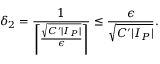
\delta _ { 2 } = \frac { 1 } { \left\lceil \frac { \sqrt { C ^ { \prime } | I _ { P } | } } { \epsilon } \right\rceil } \leq \frac { \epsilon } { \sqrt { C ^ { \prime } | I _ { P } | } } .